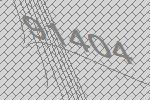
91404